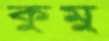
কুমু